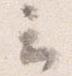
云